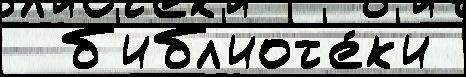
  б'ибл'иот'е́к'и